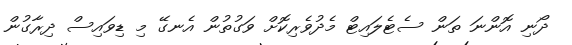
ދޯނި އޮންނަ ތަން ސެޓެލައިޓް މެދުވެރިކޮށް ވަގުތުން އެނގޭ މި ޑިވައިސް ދިރާގުން